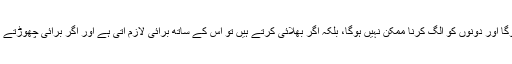
یا ایک بھلائی اور ایک برائی کے درمیان تعارض ہوگا اور دونوں کو الگ کرنا ممکن نہیں ہوگا، بلکہ اگر بھلائی کرتے ہیں تو اس کے ساتھ برائی لازم آتی ہے اور اگر برائی چھوڑتے ہیں تو اس کے ساتھ بھلائی کو بھی چھوڑنا پڑتا ہے۔